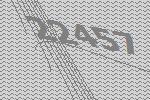
22457